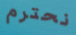
نحترم